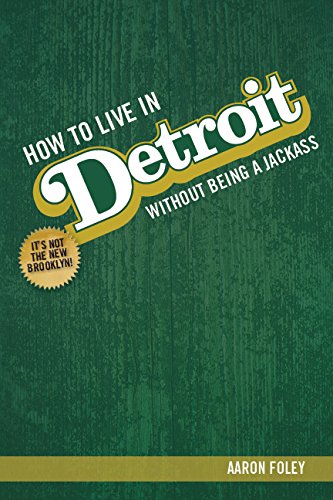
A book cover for How To Live In Detroit Without Being A Jackass; Aaron Foley; Travel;